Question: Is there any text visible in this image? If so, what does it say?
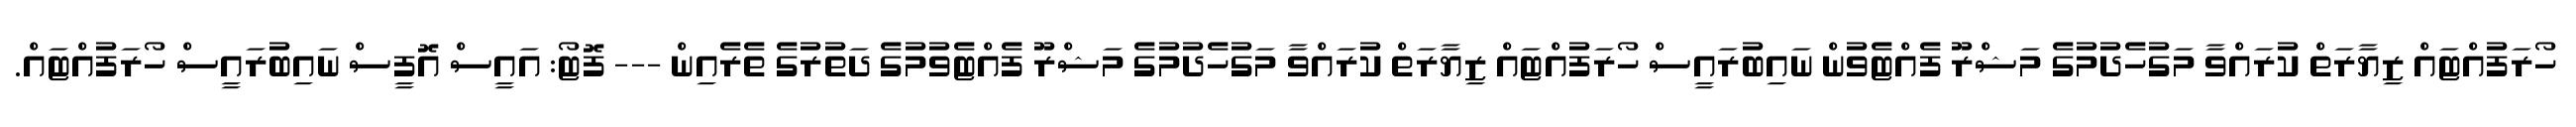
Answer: ހޯރަފުއްޓައް ޒިޔާރަތް ކުރައްވާ މަގުހެދުމުގެ މަޝްރޫ ފެއްޓެވުން ނައިބުރައީސް ހޯރަފުއްޓައް ޒިޔާރަތް ކުރައްވާ މަގުހެދުމުގެ މަޝްރޫ ފެއްޓެވުމުގެ ދަތުރުގެ ތެރެއިން --- ފޮޓޯ: އައީސް އޮފީސް ނައިބުރައީސް ހޯރަފުއްޓައް.